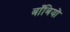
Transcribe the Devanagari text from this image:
बाँबियों